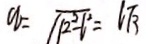
n = \sqrt { 1 2 ^ { 2 } - 6 ^ { 2 } } = 6 \sqrt { 3 }